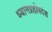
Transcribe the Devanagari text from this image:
ध्यानग्रहोपदेश